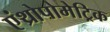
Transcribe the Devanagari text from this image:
एंथ्रोपोमेट्रिक